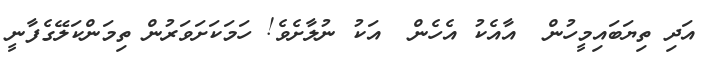
އަދި ތިޔަބައިމީހުން  އާއެކު އެހެން  އަކު ނުލާށެވެ! ހަމަކަށަވަރުން ތިމަންކަލޭގެފާނީ